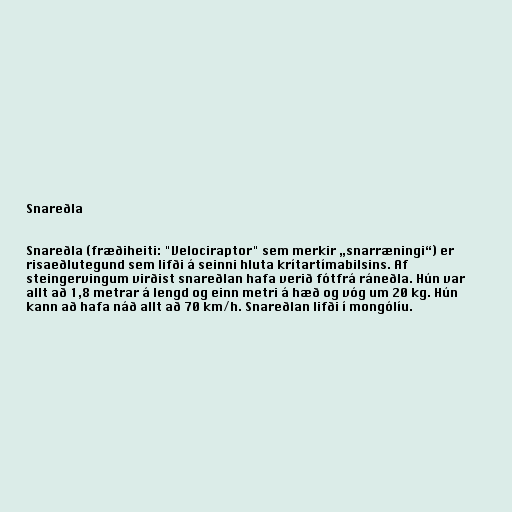
Snareðla

Snareðla (fræðiheiti: "Velociraptor" sem merkir „snarræningi“) er
risaeðlutegund sem lifði á seinni hluta krítartímabilsins. Af
steingervingum virðist snareðlan hafa verið fótfrá ráneðla. Hún var
allt að 1,8 metrar á lengd og einn metri á hæð og vóg um 20 kg. Hún
kann að hafa náð allt að 70 km/h. Snareðlan lifði í mongólíu.